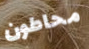
محاطون